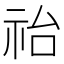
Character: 𥙉